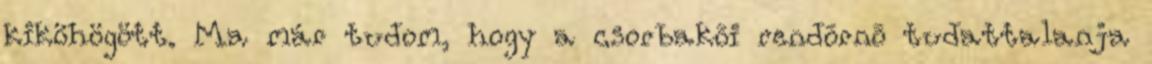
kiköhögött. Ma már tudom, hogy a csorbakõi rendõrnõ tudattalanja